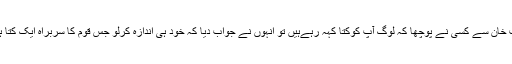
ایک جگہ پڑھا تھا کہ ایوب خان سے کسی نے پوچھا کہ لوگ آپ کوکتا کہہ رہےہیں تو انہوں نے جواب دیا کہ خود ہی اندازہ کرلو جس قوم کا سربراہ ایک کتا ہو وہ قوم کون ہوسکتی ہے۔